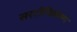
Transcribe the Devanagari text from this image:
सरटीफिकेष्ण